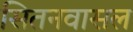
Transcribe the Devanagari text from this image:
सितनवासल